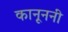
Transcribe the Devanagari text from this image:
कानूननी